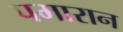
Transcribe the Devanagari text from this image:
पमारान